Vaccination in Bombay 1924-1928 - 1924-1928
Year: 1924
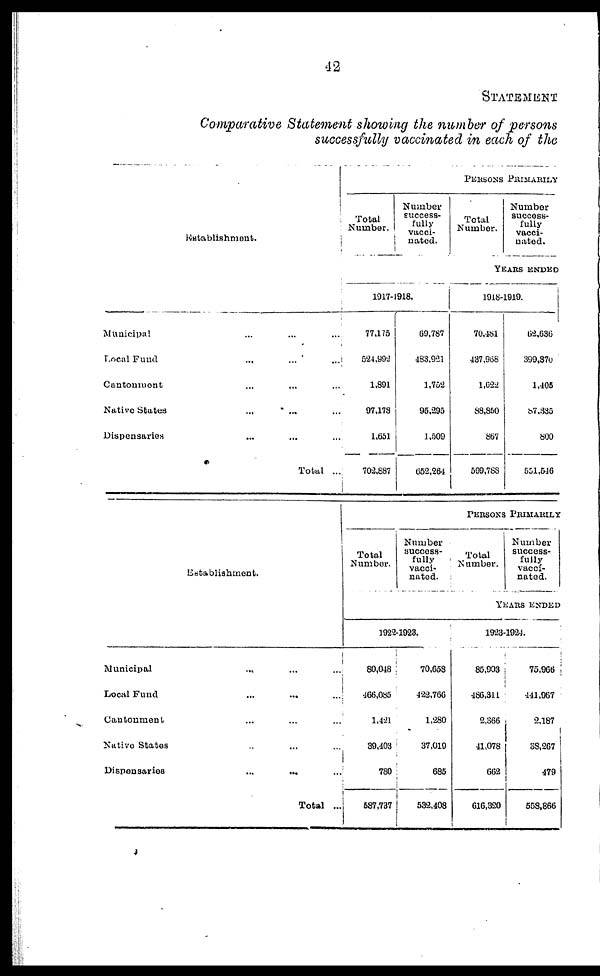
42
STATEMENT
Comparative Statement showing the number of persons
successfully vaccinated in each of the
Establishment.
Municipal ... ... ...
Local Fund
...
...
...
Cantonment ... ... ...
Native States ... ... ...
Dispensaries ... ... ...
Total ...
PERSONS PRIMARILY
Total
Number.
Number
success-
fully
vacci-
nated.
Total
Number.
Number
Success¬
fully
vacci¬
nated.
YEARS ENDED
1917-1918.
77,175
524,992
1,891
97,178
1,651
702,887
69,787
483,921
1,752
95,295
1,509
652,264
1918-1919.
70,481
437,968
1,622
88,850
867
599,788
62,636
399,370
1,405
87,335
800
551,546
Establishment.
Municipal ... ... ...
Local Fund ... ... ...
Cantonment ... ... ...
Native States
...
...
...
Dispensaries
...
...
...
Total ...
PERSONS PRIMARILY
Total
Number.
Number
success¬
fully
vacci¬
nated.
Total
Number.
Number
success-
fully
vacci-
nated.
YEARS ENDED
1922-1923.
80,048
466,085
1,421
39,403
780
687,737
70,658
422,766
1,280
37,019
685
532,408
1923-1924.
85,903
486,311
2,366
41,078
662
616,320
75,966
441,967
2,187
38,267
479
558,866